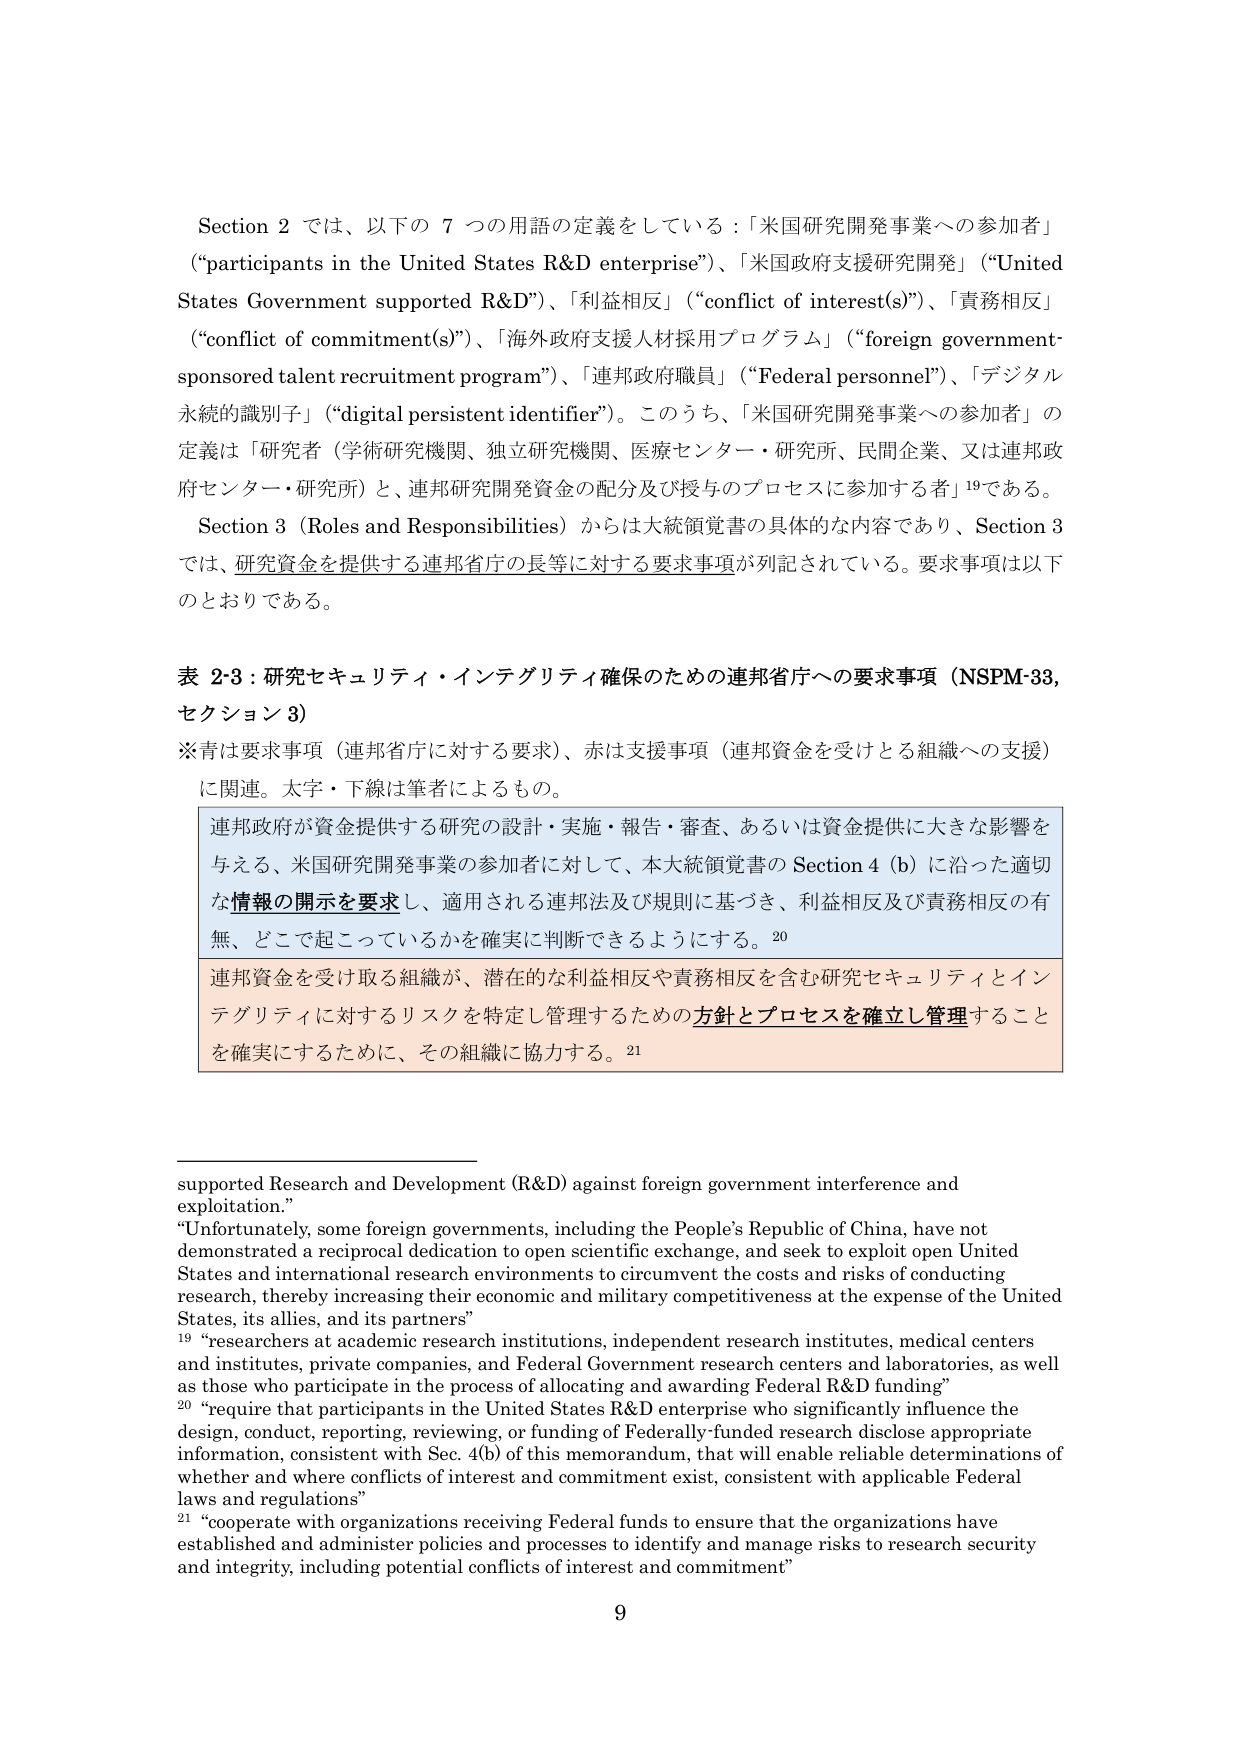
Section 2 では、以下の 7 つの用語の定義をしている：「米国研究開発事業への参加者」（“participants in the United States R&D enterprise”）、「米国政府支援研究開発」（“United States Government supported R&D”）、「利益相反」（“conflict of interest(s)”）、「責務相反」（“conflict of commitment(s)”）、「海外政府支援人材採用プログラム」（“foreign government-sponsored talent recruitment program”）、「連邦政府職員」（“Federal personnel”）、「デジタル永続的識別子」（“digital persistent identifier”）。このうち、「米国研究開発事業への参加者」の定義は「研究者（学術研究機関、独立研究機関、医療センター・研究所、民間企業、又は連邦政府センター・研究所）と、連邦研究開発資金の配分及び授与のプロセスに参加する者」¹⁹である。

Section 3（Roles and Responsibilities）からは大統領覚書の具体的な内容であり、Section 3 では、研究資金を提供する連邦省庁の長等に対する要求事項が列記されている。要求事項は以下のとおりである。

表 2-3：研究セキュリティ・インテグリティ確保のための連邦省庁への要求事項（NSPM-33, セクション 3）

※青は要求事項（連邦省庁に対する要求）、赤は支援事項（連邦資金を受けとる組織への支援）に関連。太字・下線は筆者によるもの。

連邦政府が資金提供する研究の設計・実施・報告・審査、あるいは資金提供に大きな影響を与える、米国研究開発事業の参加者に対して、本大統領覚書の Section 4 (b) に沿った適切な情報の開示を要求し、適用される連邦法及び規則に基づき、利益相反及び責務相反の有無、どこで起こっているかを確実に判断できるようにする。²⁰

連邦資金を受け取る組織が、潜在的な利益相反や責務相反を含む研究セキュリティとインテグリティに対するリスクを特定し管理するための方針とプロセスを確立し管理することを確実にするために、その組織に協力する。²¹

supported Research and Development (R&D) against foreign government interference and exploitation.”

“Unfortunately, some foreign governments, including the People’s Republic of China, have not demonstrated a reciprocal dedication to open scientific exchange, and seek to exploit open United States and international research environments to circumvent the costs and risks of conducting research, thereby increasing their economic and military competitiveness at the expense of the United States, its allies, and its partners”

¹⁹ “researchers at academic research institutions, independent research institutes, medical centers and institutes, private companies, and Federal Government research centers and laboratories, as well as those who participate in the process of allocating and awarding Federal R&D funding”

²⁰ “require that participants in the United States R&D enterprise who significantly influence the design, conduct, reporting, reviewing, or funding of Federally-funded research disclose appropriate information, consistent with Sec. 4(b) of this memorandum, that will enable reliable determinations of whether and where conflicts of interest and commitment exist, consistent with applicable Federal laws and regulations”

²¹ “cooperate with organizations receiving Federal funds to ensure that the organizations have established and administer policies and processes to identify and manage risks to research security and integrity, including potential conflicts of interest and commitment”

9